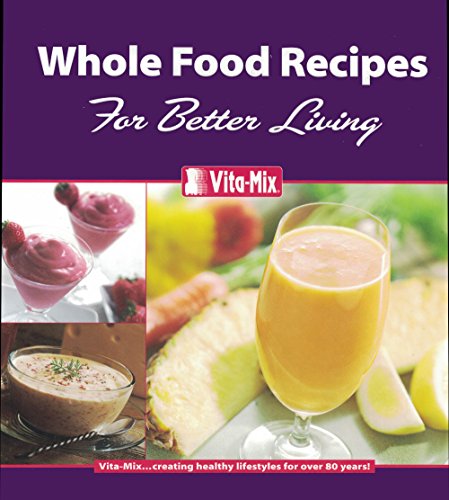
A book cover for Whole Food Recipes For Better Living; Vita-Mix Corporation; Cookbooks, Food & Wine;